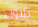
بليون